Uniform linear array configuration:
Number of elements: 32
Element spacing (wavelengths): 0.5
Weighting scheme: exponential
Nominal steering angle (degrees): -45
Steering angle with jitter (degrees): -46.586
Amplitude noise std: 0.05
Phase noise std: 0.05

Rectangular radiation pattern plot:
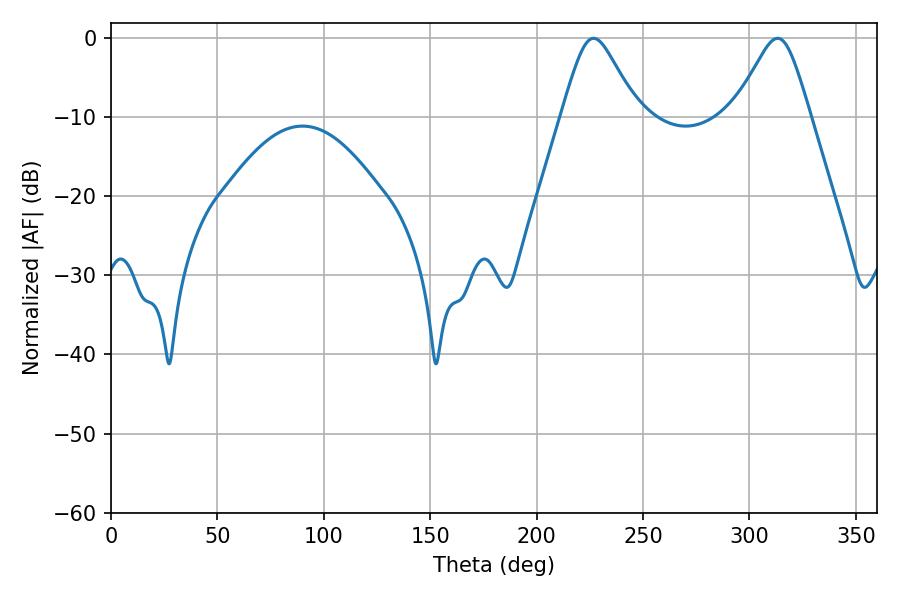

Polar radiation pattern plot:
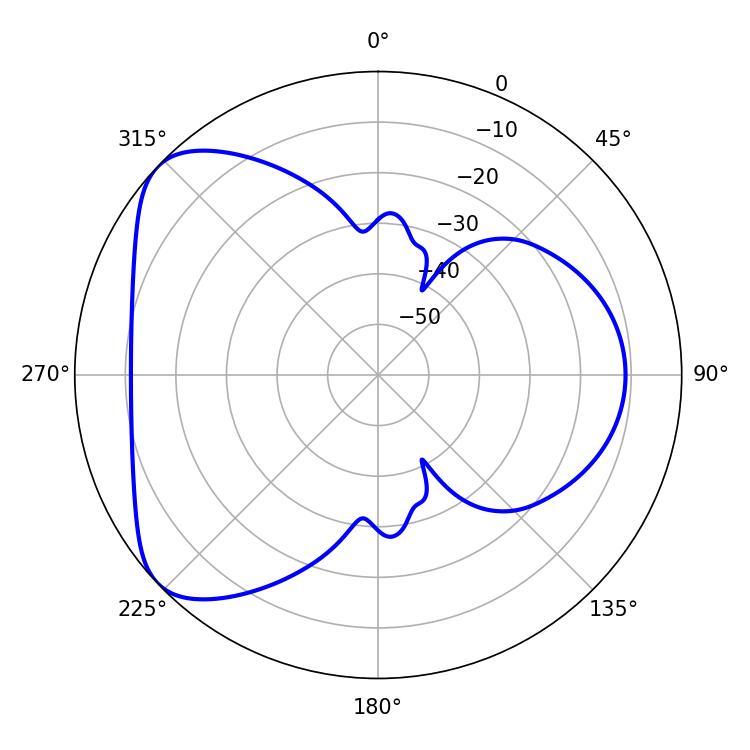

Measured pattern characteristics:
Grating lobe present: FALSE
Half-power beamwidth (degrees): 17.1
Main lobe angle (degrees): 226.8